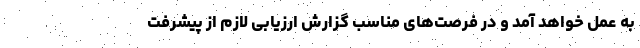
به عمل خواهد آمد و در فرصت‌های مناسب گزارش ارزیابی لازم از پیشرفت